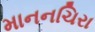
માનનચિરા